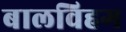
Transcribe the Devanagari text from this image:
बालविहग